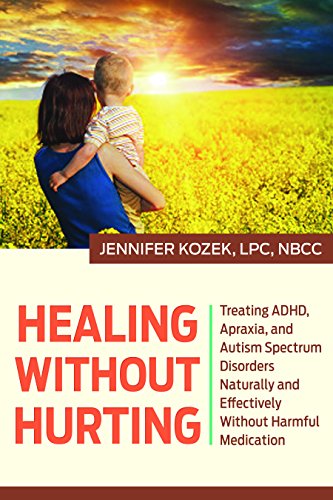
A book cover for Healing without Hurting: Treating ADHD, Apraxia and Autism Spectrum Disorders Naturally and Effectively without Harmful Medications; LPC Kozek; Parenting & Relationships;